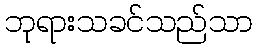
ဘုရားသခင်သည်သာ